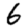
Digit: 6